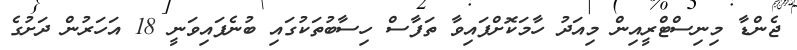
ޖެންޑާ މިނިސްޓްރީއިން މިއަދު ހާމަކޮށްފައިވާ ތަފާސް ހިސާބުތަކުގައި ބުނެފައިވަނީ 18 އަހަރުން ދަށުގެ